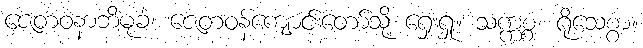
ဇေတဝနာဘိမုခံ၊ ဇေတဝန်ကျောင်းတော်သို့ ရှေးရှု။ သက္ကစ္စံ၊ ရိုသေစွာ။